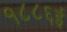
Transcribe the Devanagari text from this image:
१८८६ई